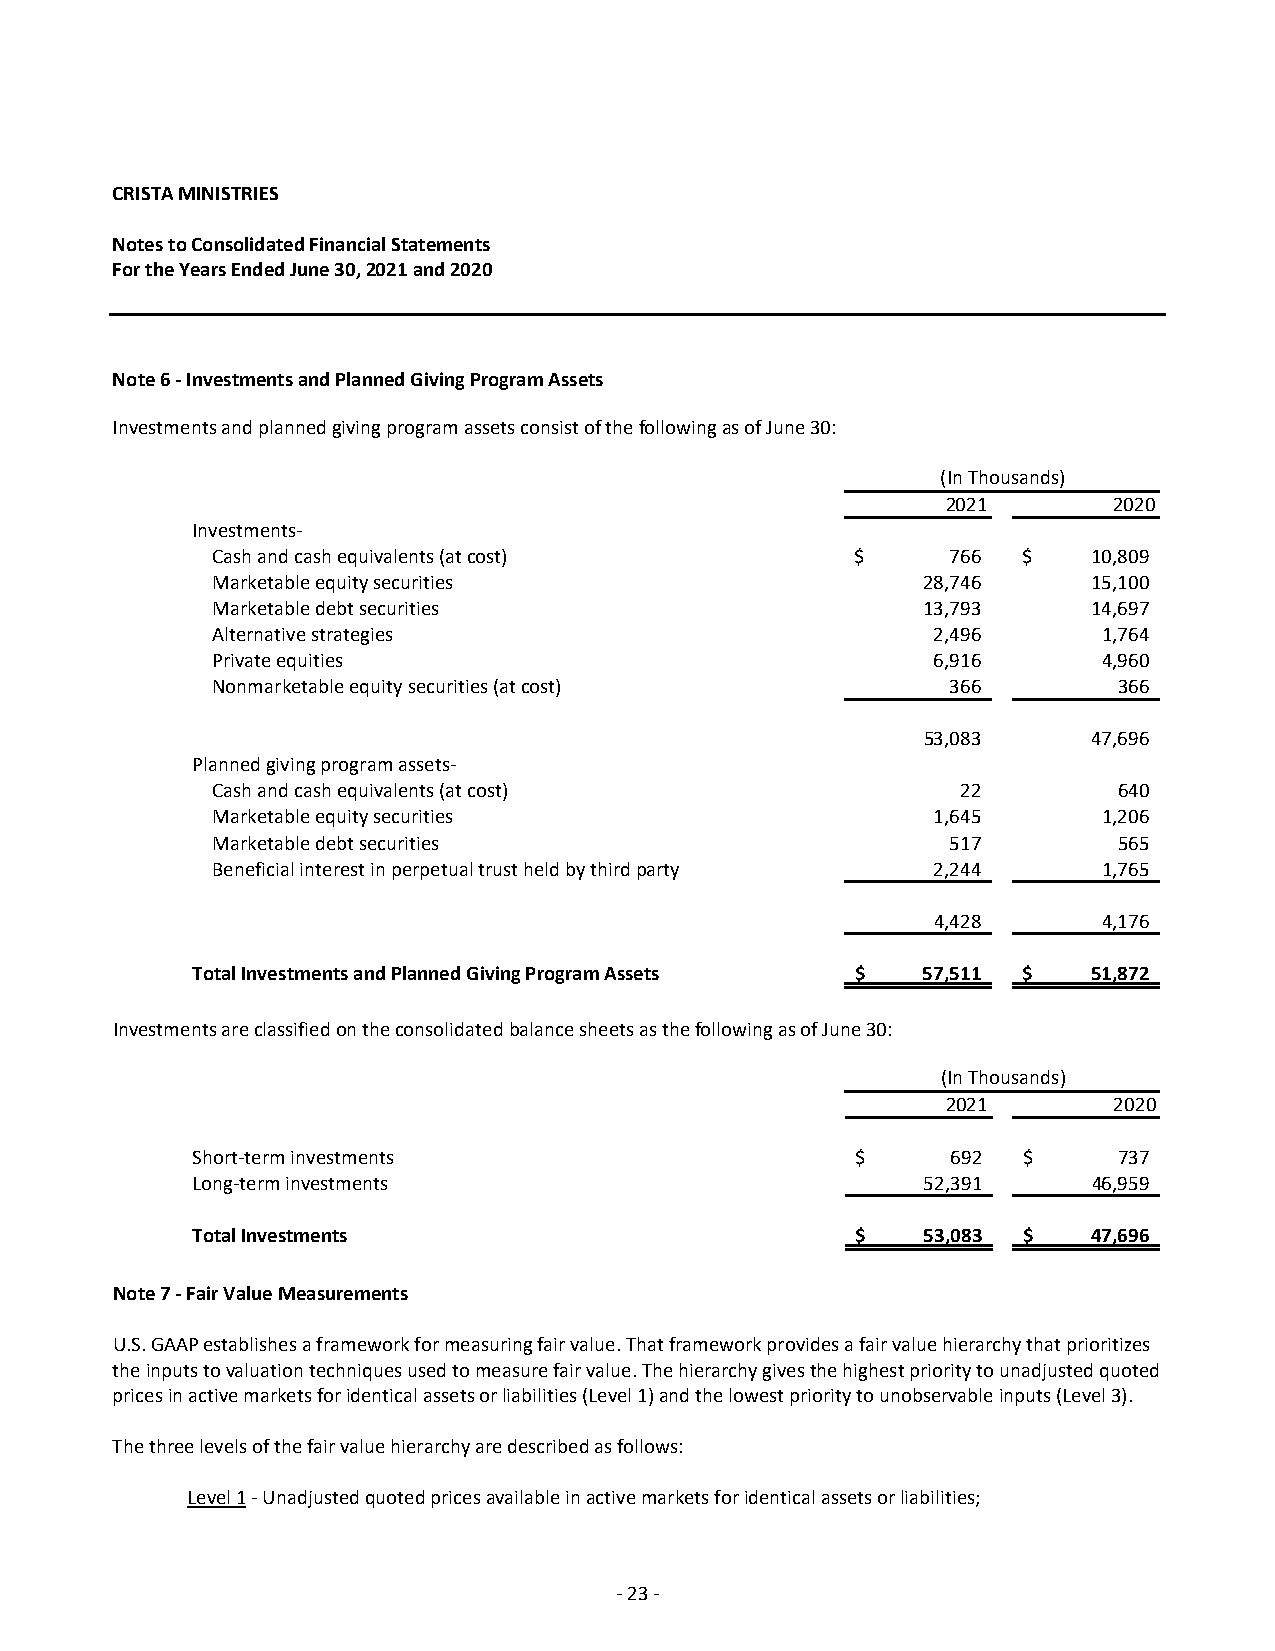
CRISTA MINISTRIES
 Notes to Consolidated Financial Statements
 For the Years Ended June 30, 2021 and 2020
 Note 6 ‐ Investments and Planned Giving Program Assets
 Investments and planned giving program assets consist of the following as of June 30:
 (In Thousands)
 2021       2020
 Investments‐
 Cash and cash equivalents (at cost)        $     766  $   10,809
 Marketable equity securities                   28,746     15,100
 Marketable debt securities                     13,793     14,697
 Alternative strategies                          2,496      1,764
 Private equities                                6,916      4,960
 Nonmarketable equity securities (at cost)        366        366
 53,083     47,696
 Planned giving program assets‐
 Cash and cash equivalents (at cost)               22        640
 Marketable equity securities                    1,645      1,206
 Marketable debt securities                       517        565
 Beneficial interest in perpetual trust held by third party 2,244 1,765
 4,428      4,176
 Total Investments and Planned Giving Program Assets $ 57,511 $ 51,872
 Investments are classified on the consolidated balance sheets as the following as of June 30:
 (In Thousands)
 2021       2020
 Short‐term investments                      $     692  $     737
 Long‐term investments                           52,391     46,959
 Total Investments                           $   53,083 $   47,696
 Note 7 ‐ Fair Value Measurements
 U.S. GAAP establishes a framework for measuring fair value. That framework provides a fair value hierarchy that prioritizes
 the inputs to valuation techniques used to measure fair value. The hierarchy gives the highest priority to unadjusted quoted
 prices in active markets for identical assets or liabilities (Level 1) and the lowest priority to unobservable inputs (Level 3).
 The three levels of the fair value hierarchy are described as follows:
 Level 1 ‐ Unadjusted quoted prices available in active markets for identical assets or liabilities;
 ‐ 23 ‐